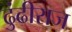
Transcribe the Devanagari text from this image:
ढुंढीराज